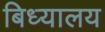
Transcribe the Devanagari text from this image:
बिध्यालय